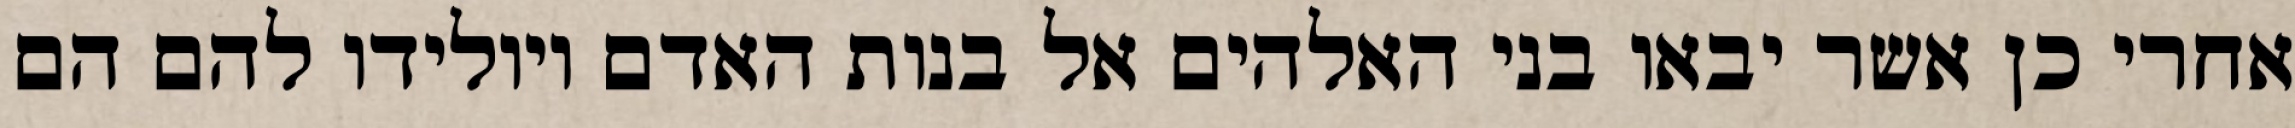
אחרי כן אשר יבאו בני האלהים אל בנות האדם ויולידו להם הם